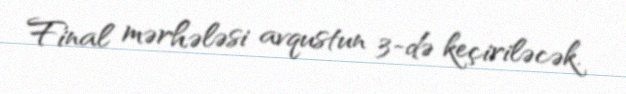
Final mərhələsi avqustun 3-də keçiriləcək.